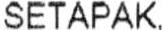
SETAPAK,